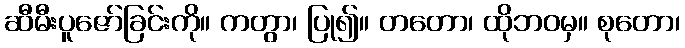
ဆီမီးပူဇော်ခြင်းကို။ ကတွာ၊ ပြု၍။ တတော၊ ထိုဘဝမှ။ စုတော၊